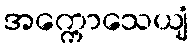
အက္ကောသေယျံ